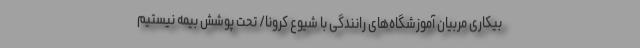
بیکاری مربیان آموزشگاه‌های رانندگی با شیوع کرونا/ تحت پوشش بیمه نیستیم